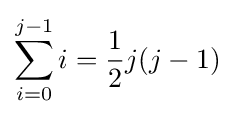
\sum _{i=0}^{j-1}i={\frac {1}{2}}j(j-1)